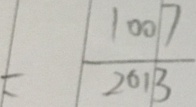
= \frac { 1 0 0 7 } { 2 0 1 3 }